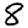
Digit: 8